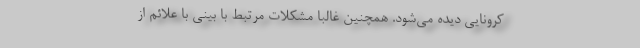
کرونایی دیده می‌شود. همچنین غالباً مشکلات مرتبط با بینی با علائم از